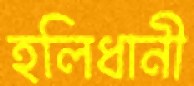
হলিধানী